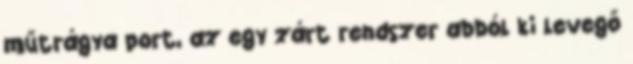
műtrágya port, az egy zárt rendszer abból ki levegő